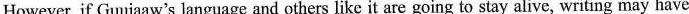
However, if Guujaaw's language and others like it are going to stay alive, writing may have